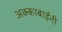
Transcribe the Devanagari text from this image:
अक्काबाईंनी